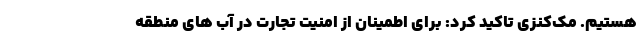
هستیم. مک‌کنزی تاکید کرد: برای اطمینان از امنیت تجارت در آب های منطقه